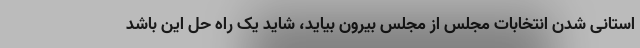
استانی شدن انتخابات مجلس از مجلس بیرون بیاید، شاید یک راه حل این باشد